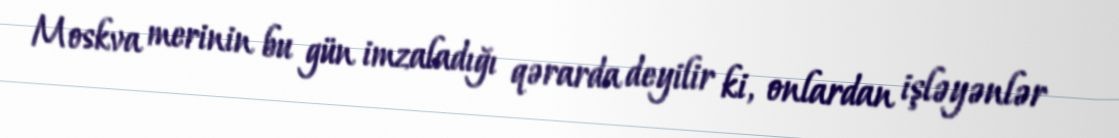
Moskva merinin bu gün imzaladığı qərarda deyilir ki, onlardan işləyənlər